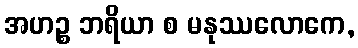
အဟဉ္စ ဘရိယာ စ မနုဿလောကေ,